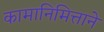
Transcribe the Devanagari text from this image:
कामानिमित्ताने